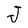
Character: J